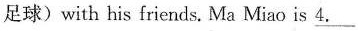
足球)with his friends.Ma Miao is \underline{43.}___